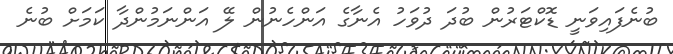
ބުނެފައިވަނީ ޑޮކްޓަރުން ބުދަ ދުވަހު އެނާގެ އަންހެނުން ލޭ އަންނަމުންދާ ކަމަށް ބުނެ